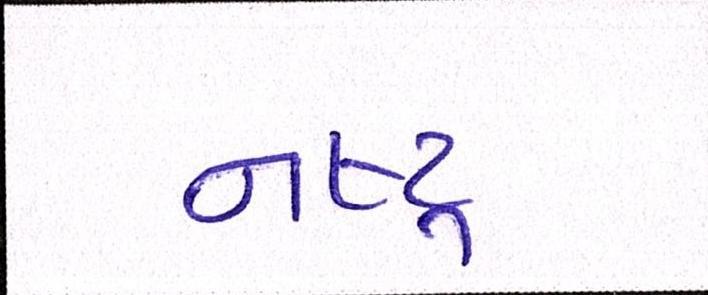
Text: નષ્ટ્ર